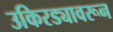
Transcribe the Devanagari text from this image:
उकिरड्यावरून